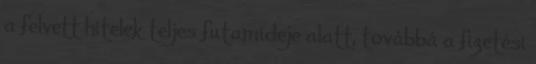
a felvett hitelek teljes futamideje alatt, továbbá a fizetési